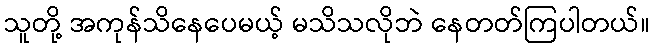
သူတို့ အကုန်သိနေပေမယ့် မသိသလိုဘဲ နေတတ်ကြပါတယ်။